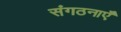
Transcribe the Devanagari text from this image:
संगठनाएँ